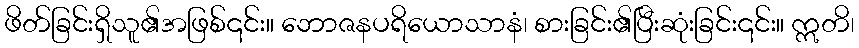
ဖိတ်ခြင်းရှိသူ၏အဖြစ်၎င်း။ ဘောဇနပရိယောသာနံ၊ စားခြင်း၏ပြီးဆုံးခြင်း၎င်း။ ဣတိ၊